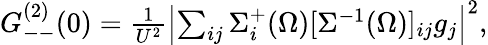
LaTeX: \begin{array}{r}{G_{--}^{(2)}(0)=\frac{1}{U^{2}}\left|\sum_{ij}\Sigma_{i}^{+}(\Omega)[\Sigma^{-1}(\Omega)]_{ij}g_{j}\right|^{2},}\end{array}